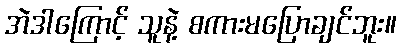
အဲဒါကြောင့် သူနဲ့ စကားမပြောချင်ဘူး။